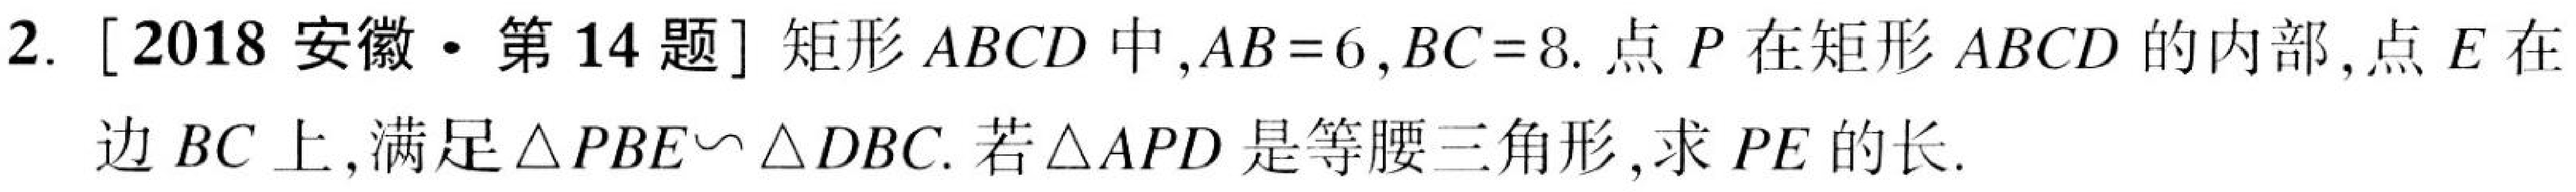
2. [2018安徽·第14题] 矩形$ABCD$中,$AB = 6,BC = 8$. 点$P$在矩形$ABCD$的内部,点$E$在
边$BC$上,满足$\triangle PBE\backsim\triangle DBC$. 若$\triangle APD$是等腰三角形,求$PE$的长.